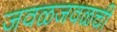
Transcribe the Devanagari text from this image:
जवळजवळची